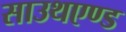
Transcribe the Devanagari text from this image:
साउथएण्ड